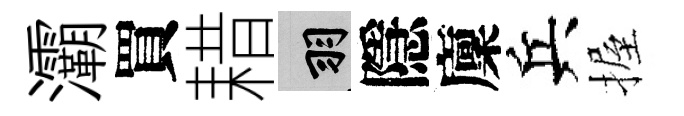
灞買耤羽隱廩兵握